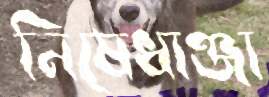
নিষেধাঞ্জা